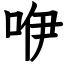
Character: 咿